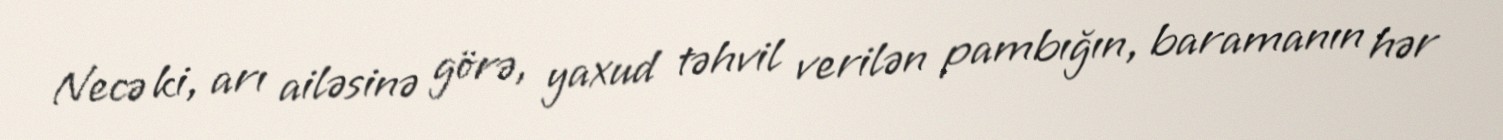
Necə ki, arı ailəsinə görə, yaxud təhvil verilən pambığın, baramanın hər